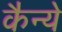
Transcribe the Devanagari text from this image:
कैन्ये